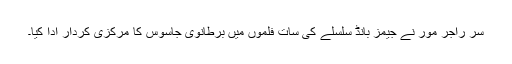
سر راجر مور نے جیمز بانڈ سلسلے کی سات فلموں میں برطانوی جاسوس کا مرکزی کردار ادا کیا۔